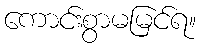
ကောင်းစွာမမြင်ရ။